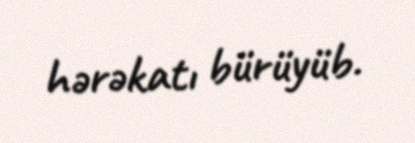
hərəkatı bürüyüb.